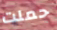
حملت